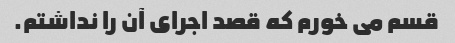
قسم می خورم که قصد اجرای آن را نداشتم.